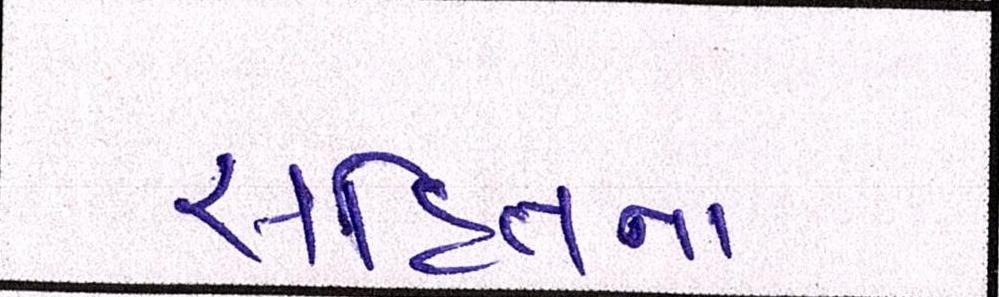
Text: સહિતના